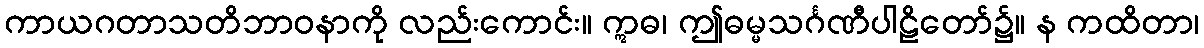
ကာယဂတာသတိဘာဝနာကို လည်းကောင်း။ ဣဓ၊ ဤဓမ္မသင်္ဂဏီပါဠိတော်၌။ န ကထိတာ၊